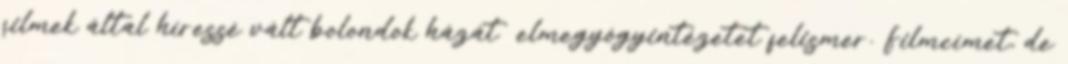
filmek által híressé vált bolondok házát elmegyógyintézetet felismer. Filmcímet, de